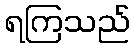
ရကြသည်